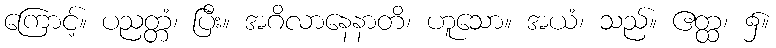
ကြောင့်။ ပညတ္တံ၊ ပြီး။ အဂိလာနေနာတိ၊ ဟူသော။ အယံ၊ သည်။ ဧတ္ထ၊ ၌။